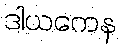
ဒါယကေန